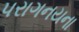
પરાગનયના